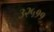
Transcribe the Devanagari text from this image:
३२५११